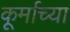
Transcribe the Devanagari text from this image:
कूर्माच्या